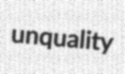
unquality